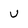
Character: v